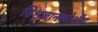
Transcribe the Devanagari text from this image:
विश्वज्ञानकोशीय